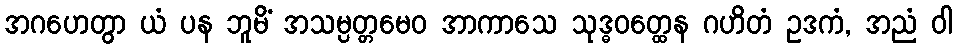
အဂဟေတွာ ယံ ပန ဘူမိံ အသမ္ပတ္တမေဝ အာကာသေ သုဒ္ဓဝတ္ထေန ဂဟိတံ ဥဒကံ, အညံ ဝါ